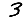
Digit: 3